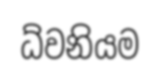
ධ්වනියම